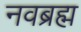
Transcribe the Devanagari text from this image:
नवब्रह्म